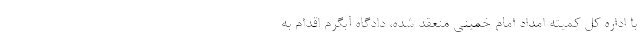
با اداره کل کمیته امداد امام خمینی منعقد شده، دادگاه آبگرم اقدام به